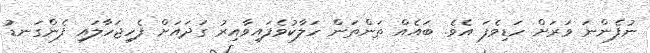
ނުފެންނަ ވަރަށް ހަޑިވެފަ އެވެ. ބައެއް ތަންތަން ހަލާކުވެފައިވާއިރު ގަދައަށް ފެހިޖަހާލައި ފެންގަނޑު